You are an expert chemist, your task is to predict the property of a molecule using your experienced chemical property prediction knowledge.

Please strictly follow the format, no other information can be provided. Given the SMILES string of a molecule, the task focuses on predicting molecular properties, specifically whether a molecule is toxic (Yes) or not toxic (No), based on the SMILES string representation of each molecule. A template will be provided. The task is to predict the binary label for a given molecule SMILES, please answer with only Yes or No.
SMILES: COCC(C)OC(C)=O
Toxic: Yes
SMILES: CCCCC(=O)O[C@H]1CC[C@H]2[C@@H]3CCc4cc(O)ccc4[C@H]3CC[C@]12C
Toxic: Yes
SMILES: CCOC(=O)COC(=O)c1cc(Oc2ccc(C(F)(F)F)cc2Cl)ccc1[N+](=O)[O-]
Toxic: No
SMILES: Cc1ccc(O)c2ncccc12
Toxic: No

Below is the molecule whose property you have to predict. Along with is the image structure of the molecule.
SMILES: C=C(Cl)CCl
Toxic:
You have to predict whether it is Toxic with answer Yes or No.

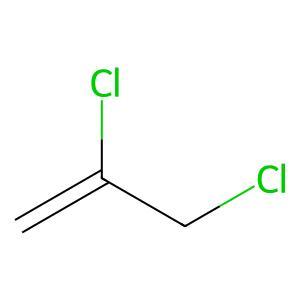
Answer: No